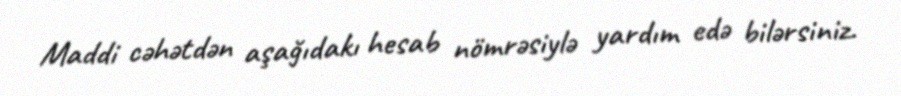
Maddi cəhətdən aşağıdakı hesab nömrəsiylə yardım edə bilərsiniz.